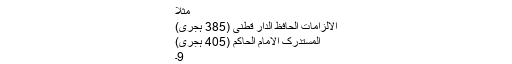
مثلاً
الالزامات الحافظ الدار قطنی (385 ہجری)
المستدرک الامام الحاکم (405 ہجری)
9۔